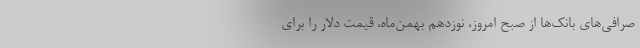
صرافی‌های بانک‌ها از صبح امروز، نوزدهم بهمن‌ماه، قیمت دلار را برای